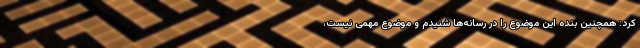
کرد: همچنین بنده این موضوع را در رسانه‌ها شنیدم و موضوع مهمی نیست،